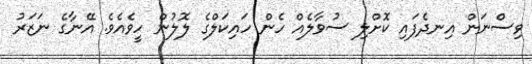
ވިސްނަން އިނދެފައި ކޮށްލި ސުވާލެއް ހެން ހައިކަލްގެ ލޮލުން ހީވެއެވެ. އޭނާގެ ނަޒަރު